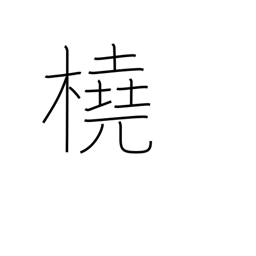
Meaning: scull